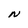
Character: N